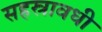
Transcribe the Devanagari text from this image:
सहस्रावधी